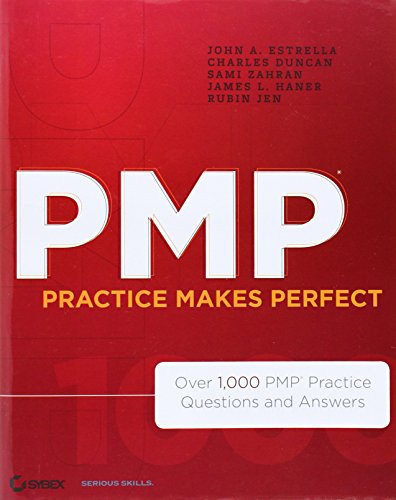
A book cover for PMP Practice Makes Perfect: Over 1000 PMP Practice Questions and Answers; John A. Estrella; Test Preparation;